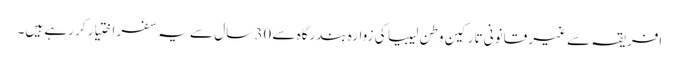
افریقہ سے غیر قانونی تارکین وطن لیبیا کی زوارہ بندرگاہ سے 30 سال سے یہ سفر اختیار کر رہے ہیں۔